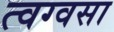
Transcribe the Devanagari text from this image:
त्वग्वसा